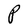
Character: P